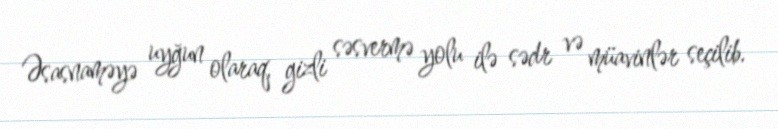
Əsasnaməyə uyğun olaraq, gizli səsvermə yolu ilə sədr və müavinlər seçilib.